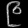
Digit: ၉